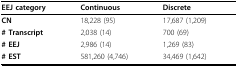
<table><thead><tr><td><b>EEJ category</b></td><td><b>Continuous</b></td><td><b>Discrete</b></td></tr></thead><tbody><tr><td><b>CN</b></td><td>18,228 (95)</td><td>17,687 (1,209)</td></tr><tr><td><b># Transcript</b></td><td>2,038 (14)</td><td>700 (69)</td></tr><tr><td><b># EEJ</b></td><td>2,986 (14)</td><td>1,269 (83)</td></tr><tr><td><b># EST</b></td><td>581,260 (4,746)</td><td>34,469 (1,642)</td></tr></tbody></table>